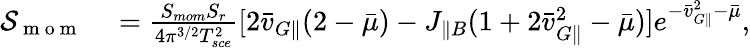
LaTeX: \begin{array}{rl}{\mathcal{S}_{\mathrm{~m~o~m~}}}&{{}=\frac{S_{mom}S_{r}}{4\pi^{3/2}T_{sce}^{2}}[2\bar{v}_{G\parallel}(2-\bar{\mu})-J_{\parallel B}(1+2\bar{v}_{G\parallel}^{2}-\bar{\mu})]e^{-\bar{v}_{G\parallel}^{2}-\bar{\mu}},}\end{array}